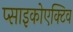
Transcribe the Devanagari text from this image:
प्साइकोएक्टिव